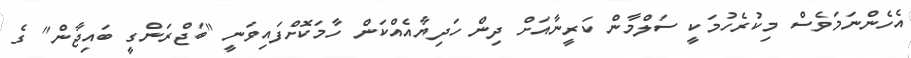
އެހެންނަމަވެސް މިކުރެހުމަކީ ސަލްމާން ކަރީނާއަށް ދިން ހަދިޔާއެއްކަން ހާމަކޮށްފައިވަނީ "ބަޖްރަންގީ ބައިޖާން" ގެ